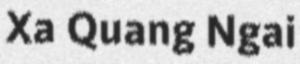
Xa Quang Ngai